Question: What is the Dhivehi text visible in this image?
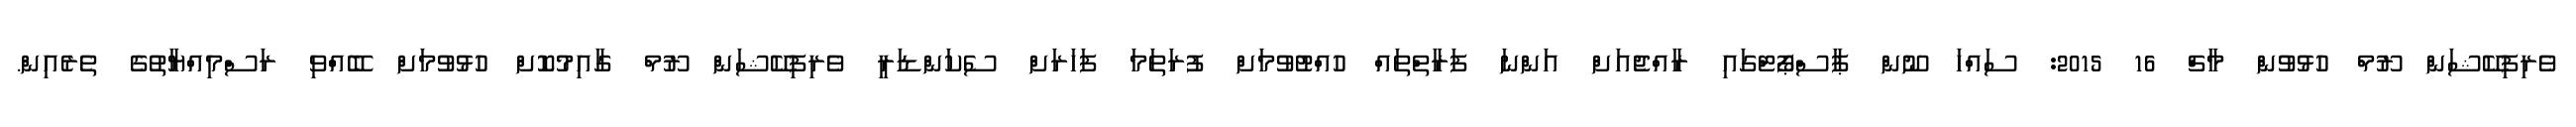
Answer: ވެރިފިކޭޝަން ރޫމް ހުޅުވުން މާޗް 16 2015: ސައްހަ ނޫން ޕާސްޕޯޓްގައި ރާއްޖެއަށް އަންނަ ފަރާތްތައް ހުއްޓުވުމަށް ފުރަތަމަ ފަހަރަށް ސެކަންޑަރީ ވެރިފިކޭޝަން ރޫމް ގާއިމުކޮށް ހުޅުވުމަށް ބޭއްްވި ރަސްމިއްޔާތުގެ ތެރެއިން.